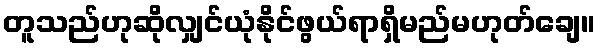
တူသည်ဟုဆိုလျှင်ယုံနိုင်ဖွယ်ရာရှိမည်မဟုတ်ချေ။